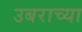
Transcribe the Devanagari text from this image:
उबराच्या